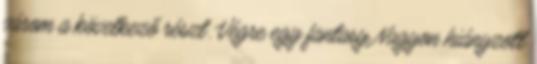
várom a következő részt. Végre egy fantasy Nagyon hiányzott